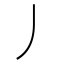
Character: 丿